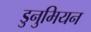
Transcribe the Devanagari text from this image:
डुनुमियन